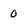
Character: 0